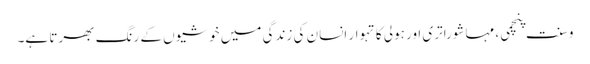
وسنت پنچمی، مہاشوراتری اور ہولی کا تہوار انسان کی زندگی میں خوشیوں کے رنگ بھرتا ہے۔